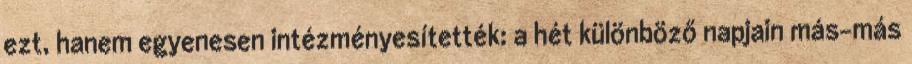
ezt, hanem egyenesen intézményesítették: a hét különböző napjain más-más